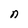
Character: n